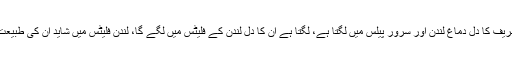
انہوں نے کہا نواز شریف کا دل دماغ لندن اور سرور پیلس میں لگتا ہے، لگتا ہے ان کا دل لندن کے فلیٹس میں لگے گا، لندن فلیٹس میں شاید ان کی طبیعت زیادہ بہتر ہوسکے۔